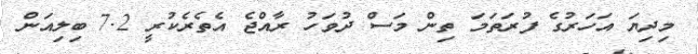
މިދިޔަ އަހަރުގެ ފުރަތަމަ ތިން މަސް ދުވަހު ރާއްޖެ އެތެރެކުރީ 7.2 ބިލިއަން